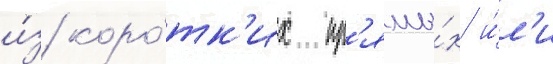
и́з коро́тк'их пр'ямы́х и́л'и